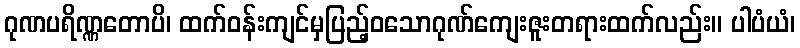
ဂုဏပရိဏ္ဏတောပိ၊ ထက်ဝန်းကျင်မှပြည့်ဝသောဂုဏ်ကျေးဇူးတရားထက်လည်း။ ပါပံယံ၊